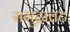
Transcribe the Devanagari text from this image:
समुद्रातट